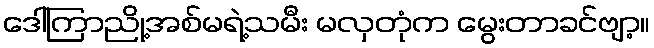
ဒေါ်ကြာညို့အစ်မရဲ့သမီး မလှတုံက မွေးတာခင်ဗျာ့။